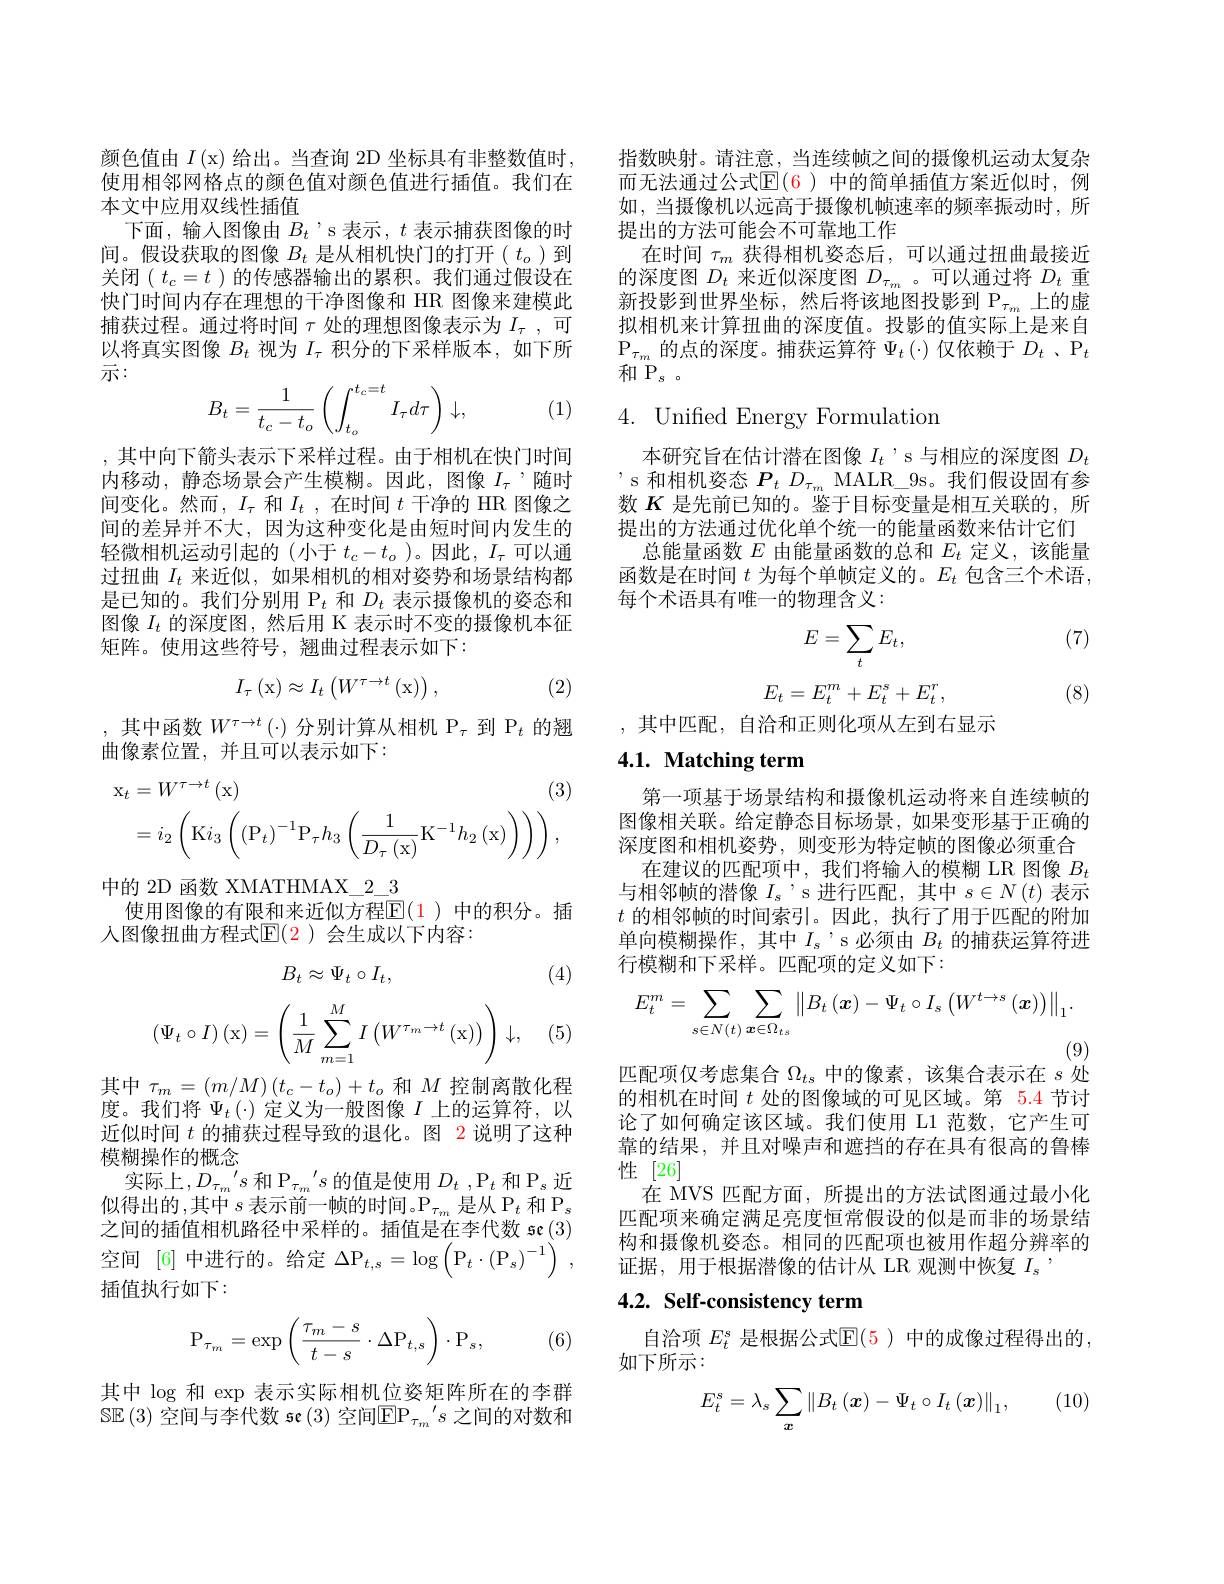
颜色值由$I\left(\mathrm{x}\right)$给出。当查询 2D 坐标具有非整数值时， 使用相邻网格点的颜色值对颜色值进行插值。我们在本文中应用双线性插值
下面，输入图像由$B_t$ 's 表示$,t$表示捕获图像的时间。假设获取的图像$B_t$是从相机快门的打开($t_o)$到关闭$(t_c=t$ )的传感器输出的累积。我们通过假设在快门时间内存在理想的干净图像和 HR 图像来建模此捕获过程。通过将时间$\tau$处的理想图像表示为$I_\tau$,可以将真实图像$B_t$视为$I_\tau$积分的下采样版本，如下所示：
$$B_t=\frac{1}{t_c-t_o}\left(\int_{t_o}^{t_c=t}I_\tau d\tau\right)\downarrow,$$
(1)

,其中向下箭头表示下采样过程。由于相机在快门时间内移动，静态场景会产生模糊。因此，图像$I_\mathrm{\tau}$,随时间变化。然而$,I_\tau$和$I_t$,在时间$t$干净的 HR 图像之间的差异并不大，因为这种变化是由短时间内发生的轻微相机运动引起的(小于$t_c-t_o$ )。因此，$I_\tau$可以通过扭曲$I_t$来近似，如果相机的相对姿势和场景结构都是已知的。我们分别用$\mathcal{P}_t$和$D_t$表示摄像机的姿态和图像$I_t$的深度图，然后用 K 表示时不变的摄像机本征矩阵。使用这些符号，翘曲过程表示如下：
$$I_{\tau}\left(\mathrm{x}\right)\approx I_{t}\left(W^{\tau\rightarrow t}\left(\mathrm{x}\right)\right),$$
(2)

,其中函数$W^\tau\to t(\cdot)$分别计算从相机$\mathcal{P}_\tau$到$\mathcal{P}_t$的翘
曲像素位置，并且可以表示如下：
$$\begin{aligned}\mathrm{x}_{t}&=W^{\tau\to t}\left(\mathrm{x}\right)&\text{(3)}\\&=i_{2}\left(\mathrm{K}i_{3}\left(\left(\mathrm{P}_{t}\right)^{-1}\mathrm{P}_{\tau}h_{3}\left(\frac{1}{D_{\tau}\left(\mathrm{x}\right)}\mathrm{K}^{-1}h_{2}\left(\mathrm{x}\right)\right)\right)\right),\end{aligned}$$
中的 2D 函数 XMATHMAX\_2\_3
使用图像的有限和来近似方程$\mathbb{E}(1)$ 中的积分。插
人图像扭曲方程式$\mathbb{E}(\color{red}{2})$ 会生成以下内容：

(4)
$$B_t\approx\Psi_t\circ I_t,$$
$$\left(\Psi_t\circ I\right)\left(\mathrm x\right)=\left(\dfrac{1}{M}\sum_{m=1}^{M}I\left(W^{\tau_m\to t}\left(\mathrm x\right)\right)\right)\downarrow,$$
(5)

其中$\tau_m=\left(m/M\right)\left(t_{c}-t_{o}\right)+t_{o}$和$M$控制离散化程度。我们将$\Psi_t\left(\cdot\right)$定义为一般图像$I$上的运算符，以近似时间$t$的捕获过程导致的退化。图 2 说明了这种模糊操作的概念
实际上$,D_{\tau_{m}}^{\prime}s\text{ 和 P}_{\tau_{m}}^{\prime}s$的值是使用$D_t,\mathrm{P}_t$和$\mathrm{P}_s$近似得出的，其中$s$ 表示前一帧的时间。$\mathcal{P}_\tau_m$ 是从 P$_t$ 和 P$_s$ 之间的插值相机路径中采样的。插值是在李代数 se(3) 空间 [6] 中进行的。给定$\Delta\mathrm{P}_t,s=\log\left(\mathrm{P}_t\cdot\left(\mathrm{P}_s\right)^{-1}\right)$, 插值执行如下：

(6)
$$\mathrm P_{\tau_m}=\exp\left(\frac{\tau_m-s}{t-s}\cdot\Delta\mathrm P_{t,s}\right)\cdot\mathrm P_s,$$
其中$\log$和 exp 表示实际相机位姿矩阵所在的李群$\mathbb{SE}\left(3\right)$空间与李代数 se $\left(3\right)$空间$\mathbb{EP}_\tau_m{}{}^{\prime}s$之间的对数和

指数映射。请注意，当连续帧之间的摄像机运动太复杂而无法通过公式$\mathbb{E}(6)$ 中的简单插值方案近似时，例如，当摄像机以远高于摄像机帧速率的频率振动时，所提出的方法可能会不可靠地工作
在时间$\tau_m$获得相机姿态后，可以通过扭曲最接近的深度图$D_t$来近似深度图$D_\tau_m$ 。可以通过将$D_t$重新投影到世界坐标，然后将该地图投影到 P$_{\tau_m}$上的虚拟相机来计算扭曲的深度值。投影的值实际上是来自$\mathrm{P}_{\tau_{m}}$的点的深度。捕获运算符$\Psi_t\left(\cdot\right)$仅依赖于$D_t$、$\mathrm{P}_t$ 和$\mathrm{P}_s$。

4. Unified Energy Formulation

本研究旨在估计潜在图像$I_t$ 's 与相应的深度图$D_t$ 's 和相机姿态$P_tD_{\tau_m}$ MALR\_9s。我们假设固有参数$K$是先前已知的。鉴于目标变量是相互关联的，所提出的方法通过优化单个统一的能量函数来估计它们
总能量函数$E$由能量函数的总和$E_t$定义，该能量函数是在时间$t$为每个单帧定义的。$E_t$包含三个术语， 每个术语具有唯一的物理含义：

(7)
$$E=\sum_tE_t,$$
$$E_t=E_t^m+E_t^s+E_t^r,$$
(8)

,其中匹配，自洽和正则化项从左到右显示

## 4.1. Matching term

第一项基于场景结构和摄像机运动将来自连续帧的图像相关联。给定静态目标场景，如果变形基于正确的深度图和相机姿势，则变形为特定帧的图像必须重合
在建议的匹配项中，我们将输入的模糊 LR 图像$B_t$ 与相邻帧的潜像$I_s$ 's 进行匹配，其中$s\in N\left(t\right)$表示$t$的相邻帧的时间索引。因此，执行了用于匹配的附加单向模糊操作，其中$I_s$'s必须由$B_t$ 的捕获运算符进行模糊和下采样。匹配项的定义如下：
$$E_t^m=\sum_{s\in N(t)}\sum_{\boldsymbol{x}\in\Omega_{ts}}\left\|B_t\left(\boldsymbol{x}\right)-\Psi_t\circ I_s\left(W^{t\to s}\left(\boldsymbol{x}\right)\right)\right\|_1.$$
(9)

匹配项仅考虑集合$\Omega_ts$中的像素，该集合表示在$s$处

的相机在时间$t$处的图像域的可见区域。第 5.4 节讨论了如何确定该区域。我们使用 L1 范数，它产生可靠的结果，并且对噪声和遮挡的存在具有很高的鲁棒性[26]
在 MVS 匹配方面，所提出的方法试图通过最小化匹配项来确定满足亮度恒常假设的似是而非的场景结构和摄像机姿态。相同的匹配项也被用作超分辨率的证据，用于根据潜像的估计从 LR 观测中恢复$I_{\mathrm{s}}$

## 4.2. Self-consistency term

自洽项$E_t^s$是根据公式$\mathbb{E}(5)$中的成像过程得出的，
如下所示：

(10)
$$E_t^s=\lambda_s\sum_{\boldsymbol{x}}\left\|B_t\left(\boldsymbol{x}\right)-\Psi_t\circ I_t\left(\boldsymbol{x}\right)\right\|_1,$$